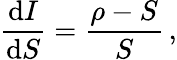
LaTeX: \frac{\mathrm{d}I}{\mathrm{d}S}=\frac{\rho-S}{S}\, ,